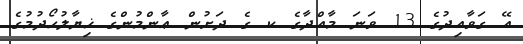
އޭ ގަވާއިދުގެ 13 ވަނަ މާއްދާގެ ކ ގެ ދަށުން ޢާންމުންގެ ޚިޔާލުހޯދުމުގެ